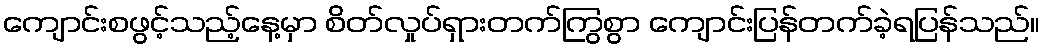
ကျောင်းစဖွင့်သည့်နေ့မှာ စိတ်လှုပ်ရှားတက်ကြွစွာ ကျောင်းပြန်တက်ခဲ့ရပြန်သည်။